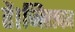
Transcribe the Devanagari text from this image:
है।जिसका